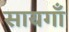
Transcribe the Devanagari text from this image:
सायगाँ